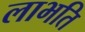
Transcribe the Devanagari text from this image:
लाभति